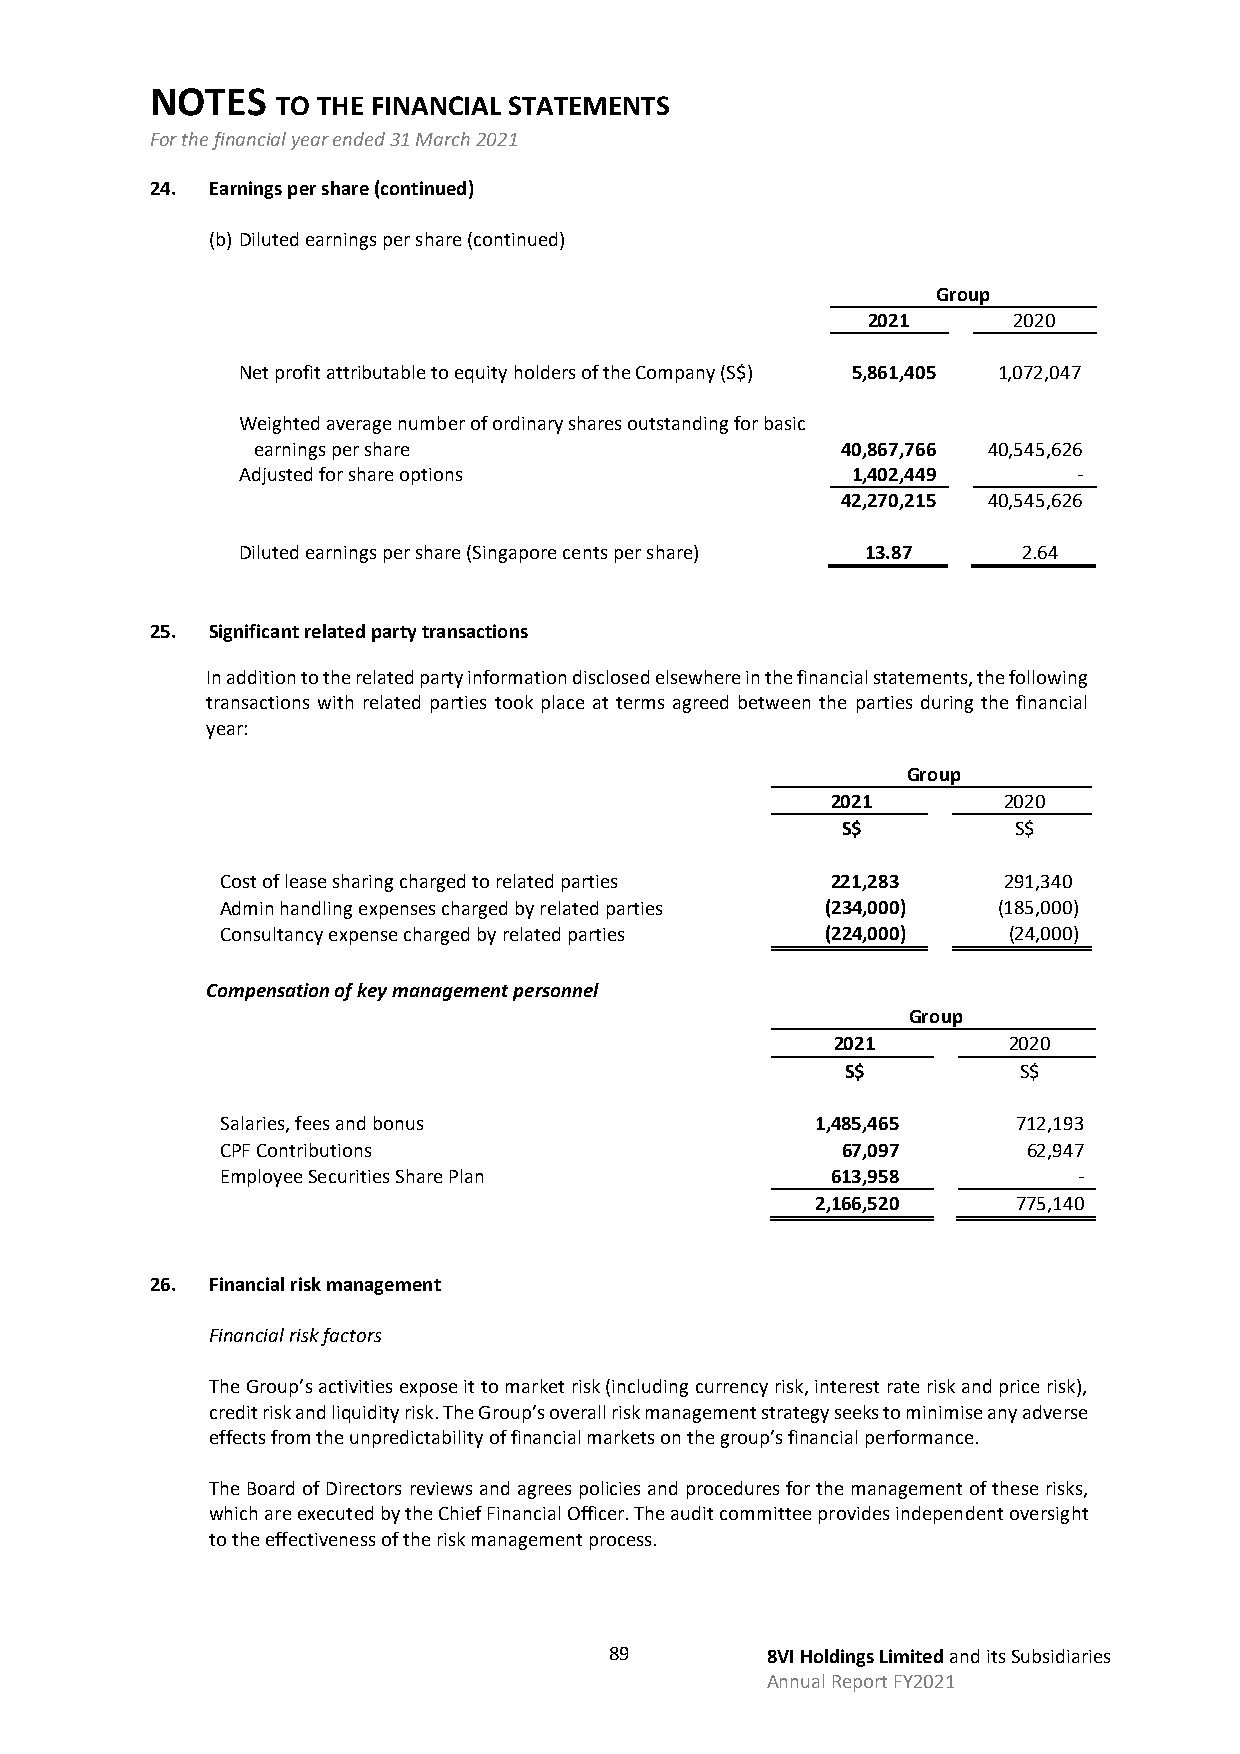
NOTES
 TO THE FINANCIAL STATEMENTS
 For the financial year ended 31 March 2021
 24. Earnings per share (continued)
 (b) Diluted earnings per share (continued)
 Group
 2021      2020
 Net profit attributable to equity holders of the Company (S$) 5,861,405 1,072,047
 Weighted average number of ordinary shares outstanding for basic
 earnings per share                     40,867,766 40,545,626
 Adjusted for share options              1,402,449      -
 42,270,215 40,545,626
 Diluted earnings per share (Singapore cents per share) 13.87 2.64
 25. Significant related party transactions
 In addition to the related party information disclosed elsewhere in the financial statements, the following
 transactions with related parties took place at terms agreed between the parties during the financial
 year:
 Group
 2021       2020
 S$         S$
 Cost of lease sharing charged to related parties 221,283 291,340
 Admin handling expenses charged by related parties (234,000) (185,000)
 Consultancy expense charged by related parties (224,000) (24,000)
 Compensation of key management personnel
 Group
 2021        2020
 S$         S$
 Salaries, fees and bonus               1,485,465    712,193
 CPF Contributions                        67,097      62,947
 Employee Securities Share Plan          613,958         -
 2,166,520    775,140
 26. Financial risk management
 Financial risk factors
 The Group’s activities expose it to market risk (including currency risk, interest rate risk and price risk),
 credit risk and liquidity risk. The Group’s overall risk management strategy seeks to minimise any adverse
 effects from the unpredictability of financial markets on the group’s financial performance.
 The Board of Directors reviews and agrees policies and procedures for the management of these risks,
 which are executed by the Chief Financial Officer. The audit committee provides independent oversight
 to the effectiveness of the risk management process.
 89         8VI Holdings Limited and its Subsidiaries
 Annual Report FY2021